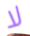
لا